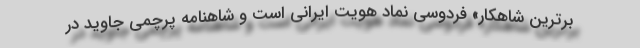
برترین شاهکار» فردوسی نماد هویت ایرانی است و شاهنامه پرچمی جاوید در